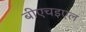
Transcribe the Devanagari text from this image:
बीएचइएल